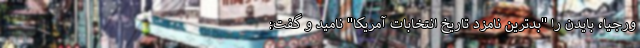
ورجیا، بایدن را "بدترین نامزد تاریخ انتخابات آمریکا" نامید و گفت: